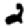
Digit: 2